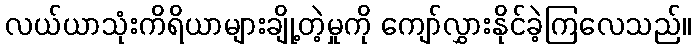
လယ်ယာသုံးကိရိယာများချို့တဲ့မှုကို ကျော်လွှားနိုင်ခဲ့ကြလေသည်။